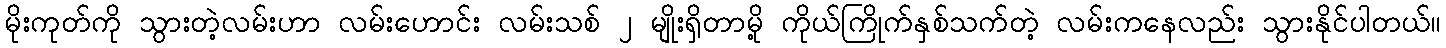
မိုးကုတ်ကို သွားတဲ့လမ်းဟာ လမ်းဟောင်း လမ်းသစ် ၂ မျိုးရှိတာမို့ ကိုယ်ကြိုက်နှစ်သက်တဲ့ လမ်းကနေလည်း သွားနိုင်ပါတယ်။